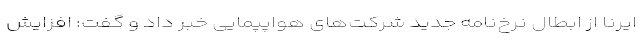
ایرنا از ابطال نرخ‌نامه جدید شرکت‌های هواپپمایی خبر داد و گفت: افزایش